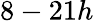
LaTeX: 8-21h